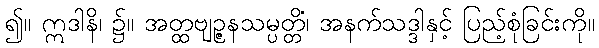
၍။ ဣဒါနိ၊ ၌။ အတ္ထဗျဉ္ဇနသမ္ပတ္တိံ၊ အနက်သဒ္ဒါနှင့် ပြည့်စုံခြင်းကို။